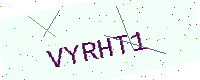
Text: VYRHT1